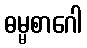
ဓမ္မစာဂေါ